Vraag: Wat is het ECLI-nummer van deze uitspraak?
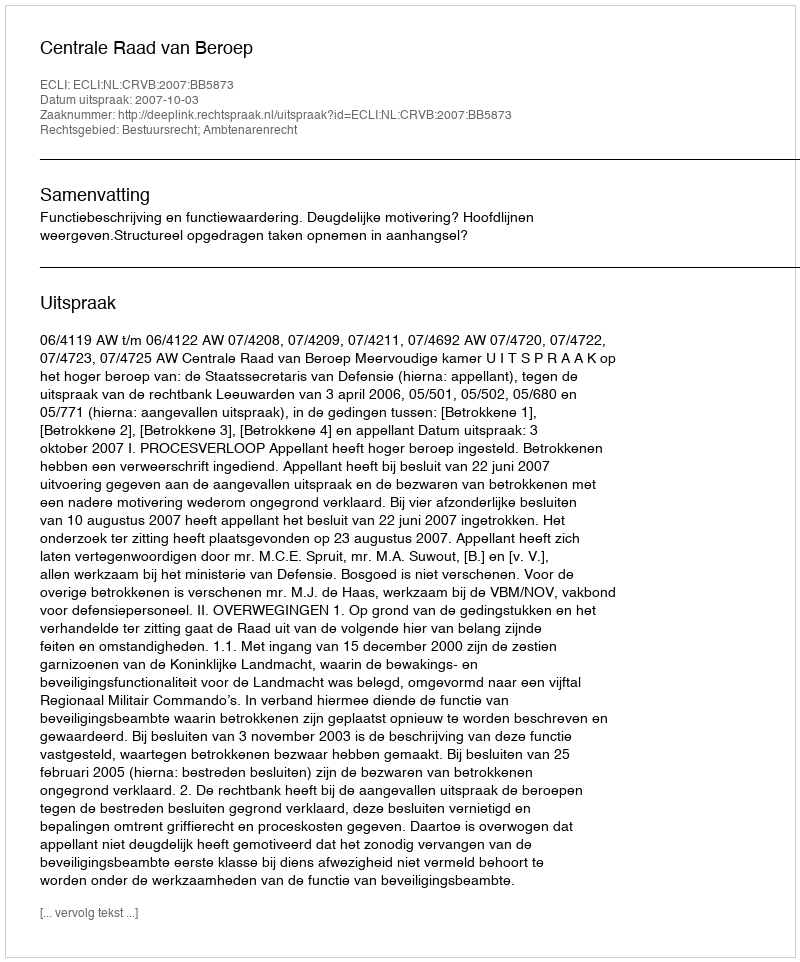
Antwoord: ECLI:NL:CRVB:2007:BB5873